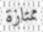
ممتازة